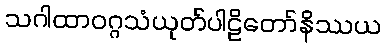
သဂါထာဝဂ္ဂသံယုတ်ပါဠိတော်နိဿယ